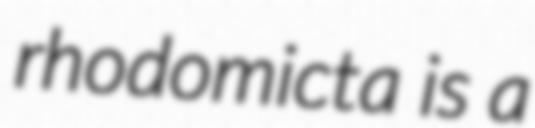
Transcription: rhodomicta is a